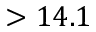
> 1 4 . 1